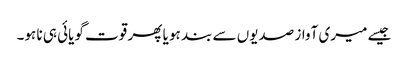
جیسے میری آواز صدیوں سے بند ہو یا پھر قوت گویائی ہی نا ہو۔